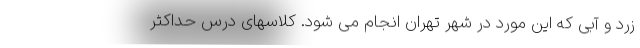
زرد و آبی که این مورد در شهر تهران انجام می شود. کلاسهای درس حداکثر